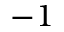
- 1